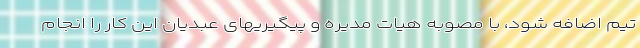
تیم اضافه شود، با مصوبه هیات مدیره و پیگیریهای عبدیان این کار را انجام